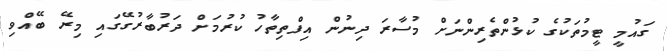
ގައުމީ ޓީމުތަކުގެ ކުޅުންތެރިންނަށް މުސާރަ ދިނުން އިފްތިތާހު ކުރުމަށް ދަރުބާރުގޭގައި މިރޭ ބޭއްވި